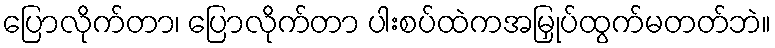
ပြောလိုက်တာ၊ ပြောလိုက်တာ ပါးစပ်ထဲကအမြှုပ်ထွက်မတတ်ဘဲ။